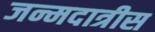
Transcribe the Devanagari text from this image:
जन्मदात्रीस